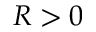
R > 0